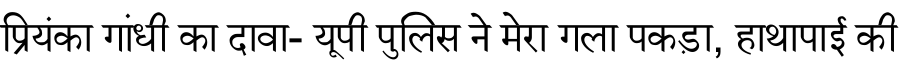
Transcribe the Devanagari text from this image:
प्रियंका गांधी का दावा- यूपी पुलिस ने मेरा गला पकड़ा, हाथापाई की